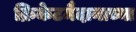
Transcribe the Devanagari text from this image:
क्रिकेटमैदानाच्या